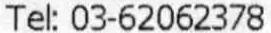
TEL: 03-62062378